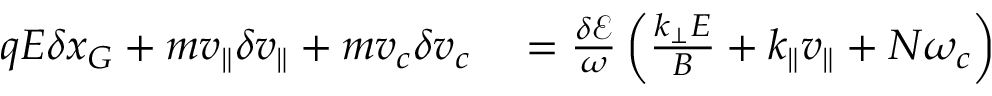
\begin{array} { r l } { q E \delta x _ { G } + m v _ { \parallel } \delta v _ { \parallel } + m v _ { c } \delta v _ { c } } & { { } = \frac { \delta \mathcal { E } } { \omega } \left( \frac { k _ { \perp } E } { B } + k _ { \parallel } v _ { \parallel } + N \omega _ { c } \right) } \end{array}